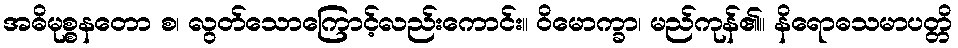
အဓိမုစ္စနတော စ၊ လွတ်သောကြောင့်လည်းကောင်း။ ဝိမောက္ခာ၊ မည်ကုန်၏။ နိရောဓသမာပတ္တိ